Civil Veterinary Department. Madras. Admin. report 1926-33 - 1926-1933
Year: 1926
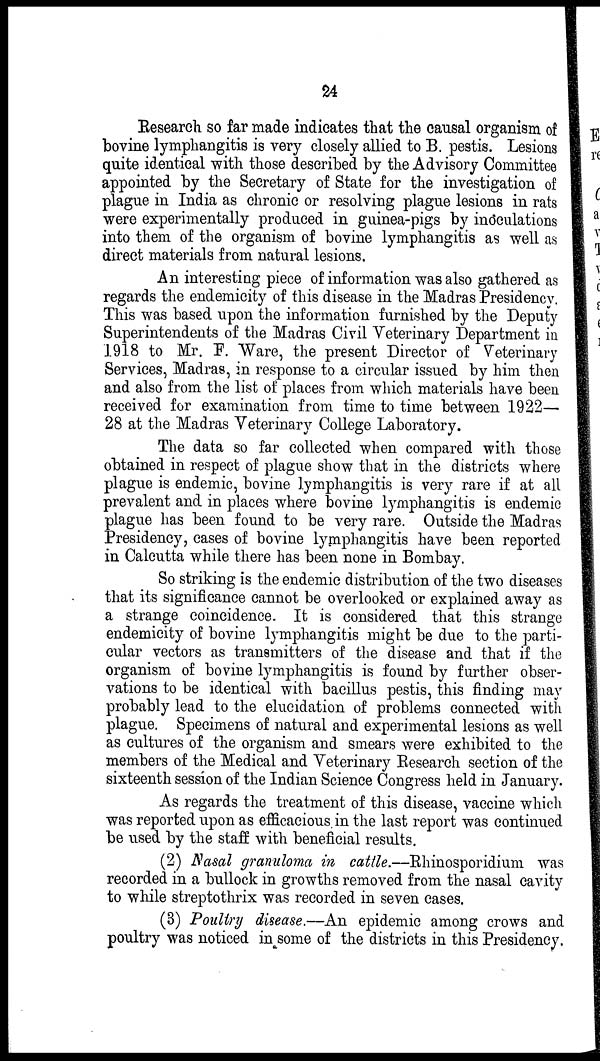
24
Research so far made indicates that the causal organism of
bovine lymphangitis is very closely allied to B. pestis. Lesions
quite identical with those described by the Advisory Committee
appointed by the Secretary of State for the investigation of
plague in India as chronic or resolving plague lesions in rats
were experimentally produced in guinea-pigs by inoculations
into them of the organism of bovine lymphangitis as well as
direct materials from natural lesions.
An interesting piece of information was also gathered as
regards the endemicity of this disease in the Madras Presidency.
This was based upon the information furnished by the Deputy
Superintendents of the Madras Civil Veterinary Department in
1918 to Mr. F. Ware, the present Director of Veterinary
Services, Madras, in response to a circular issued by him then
and also from the list of places from which materials have been
received for examination from time to time between 1922—
28 at the Madras Veterinary College Laboratory.
The data so far collected when compared with those
obtained in respect of plague show that in the districts where
plague is endemic, bovine lymphangitis is very rare if at all
prevalent and in places where bovine lymphangitis is endemic
plague has been found to be very rare. Outside the Madras
Presidency, cases of bovine lymphangitis have been reported
in Calcutta while there has been none in Bombay.
So striking is the endemic distribution of the two diseases
that its significance cannot be overlooked or explained away as
a strange coincidence. It is considered that this strange
endemicity of bovine lymphangitis might be due to the parti-
cular vectors as transmitters of the disease and that if the
organism of bovine lymphangitis is found by further obser-
vations to be identical with bacillus pestis, this finding may
probably lead to the elucidation of problems connected with
plague. Specimens of natural and experimental lesions as well
as cultures of the organism and smears were exhibited to the
members of the Medical and Veterinary Research section of the
sixteenth session of the Indian Science Congress held in January.
As regards the treatment of this disease, vaccine which
was reported upon as efficacious, in the last report was continued
be used by the staff with beneficial results.
(2) Nasal granuloma in cattle.—Rhinosporidium was
recorded in a bullock in growths removed from the nasal cavity
to while streptothrix was recorded in seven cases.
(3) Poultry disease.—An epidemic among crows and
poultry was noticed in some of the districts in this Presidency.